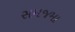
સમજમા